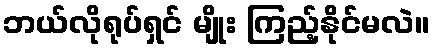
ဘယ်လိုရုပ်ရှင် မျိုး ကြည့်နိုင်မလဲ။